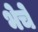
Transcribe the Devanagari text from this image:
भेचे